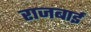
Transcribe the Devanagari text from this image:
राजबाई